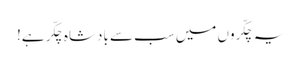
یہ چکّروں میں سب سے بادشاہ چکّر ہے!